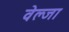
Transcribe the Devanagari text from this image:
वेल्जा